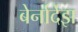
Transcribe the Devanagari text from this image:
बेर्नार्देझ